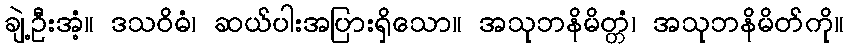
ချဲ့ဦးအံ့။ ဒသဝိဓံ၊ ဆယ်ပါးအပြားရှိသော။ အသုဘနိမိတ္တံ၊ အသုဘနိမိတ်ကို။